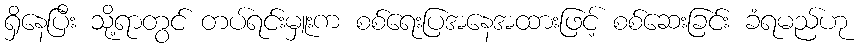
ရှိနေပြီး သို့ရာတွင် တပ်ရင်းမှူးက စစ်ရေးပြအနေအထားဖြင့် စစ်ဆေးခြင်း ခံရမည်ဟု